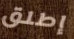
إطلق